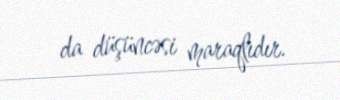
da düşüncəsi maraqlıdır.